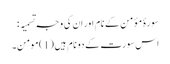
سورۂ مؤمن کے نام اور ان کی وجہِ تَسمِیَہ :
اس سورت کے دو نام ہیں (1)مومن۔